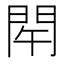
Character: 𨳰